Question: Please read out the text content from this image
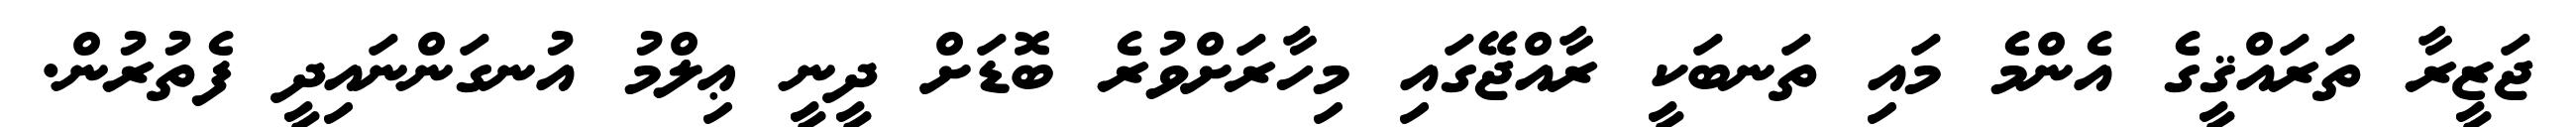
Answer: ޖަޒީރާ ތަރައްޤީގެ އެންމެ މައި ތަނބަކީ ރާއްޖޭގައި މިހާރަށްވުރެ ބޮޑަށް ދީނީ ޢިލްމު އުނގަންނައިދީ ފެތުރުން.